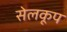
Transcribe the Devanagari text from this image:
सेलकूप